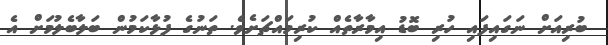
ބުރިއަށް ނަގައިފައި ހުރި ބޮޑު އިމާރާތެއް ކުރިމައްޗަށެވެ. ތަނުގެ ފުޅާކަމުން ބަލާބެލުމަށް އެ